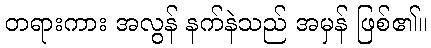
တရားကား အလွန် နက်နဲသည် အမှန် ဖြစ်၏။